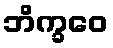
ဘိက္ခဝေ